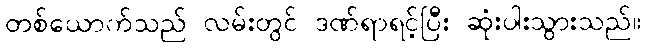
တစ်ယောက်သည် လမ်းတွင် ဒဏ်ရာရင့်ပြီး ဆုံးပါးသွားသည်။